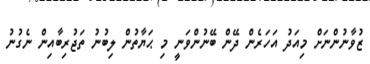
ޒުވާނުންނަށް މިއަދު އަހަރެން ދޭން ބޭނުންވަނީ މި ޙަޔާތުން ލިބުނު ތަޖުރިބާއިން ނެގުނު